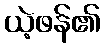
ယဲ့ဖန်၏